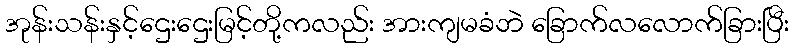
အုန်းသန်းနှင့်ဌေးဌေးမြင့်တို့ကလည်း အားကျမခံဘဲ ခြောက်လလောက်ခြားပြီး